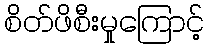
စိတ်ဖိစီးမှုကြောင့်